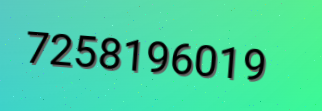
7258196019